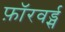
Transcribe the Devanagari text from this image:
फ़ॉरवर्ड्स